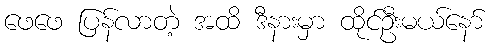
ဖေဖေ ပြန်လာတဲ့ အထိ ဒီနားမှာ ထိုင်ဦးမယ်နော်